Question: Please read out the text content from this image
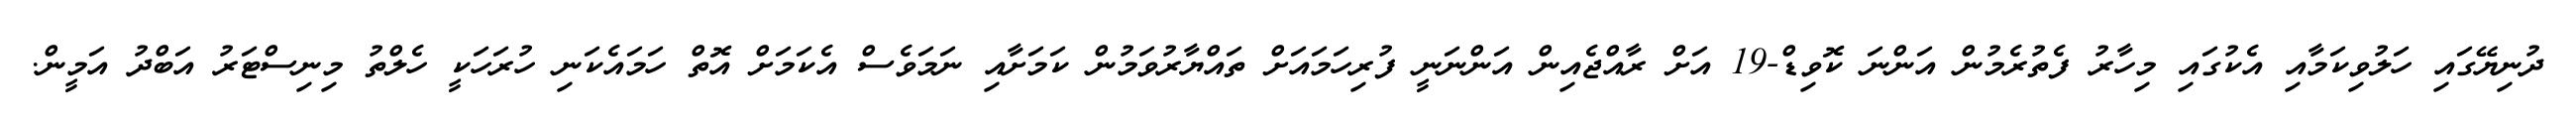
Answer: ދުނިޔޭގައި ހަލުވިކަމާއި އެކުގައި މިހާރު ފެތުރެމުން އަންނަ ކޮވިޑް-19 އަށް ރާއްޖެއިން އަންނަނީ ފުރިހަމައަށް ތައްޔާރުވަމުން ކަމަށާއި ނަމަވެސް އެކަމަށް އޮތް ހަމައެކަނި ހުރަހަކީ ހެލްތު މިނިސްޓަރު އަބްދު އަމީން.